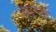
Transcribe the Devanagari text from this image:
ह्वस्व